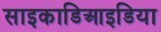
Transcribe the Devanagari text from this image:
साइकाडिआइडिया